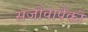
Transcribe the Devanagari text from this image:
सजीवापैकी